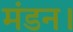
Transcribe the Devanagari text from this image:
मंडन।